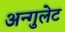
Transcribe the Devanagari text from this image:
अन्गुलेट